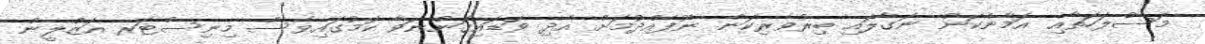
މަސްލަހަތާއި އަމާންކަން ނަގާލައި ބިރުވެރިކަން ނޫފެއްދުމަށް އެދި ވަޑައިގަންނަވާ ކަމުގައިވެސް މިނިސްޓަރ އަޒްލީން